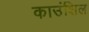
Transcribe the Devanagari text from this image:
काउंशिल